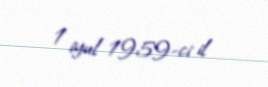
1 iyul 1959-ci il